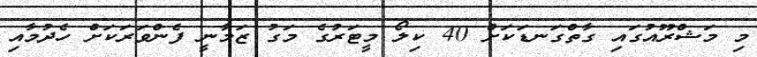
މި މަޝްރޫއުގައި ގާތްގަނޑަކަށް 40 ކިލޯ މީޓަރުގެ މަގު ޒަމާނީ ފެންވަރަކަށް ހެދުމާއި